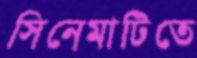
সিনেমাটিতে